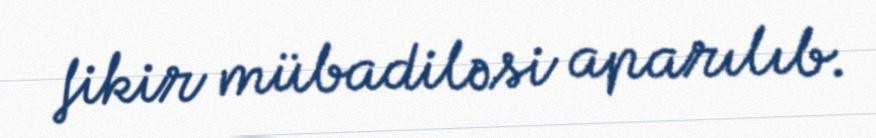
fikir mübadiləsi aparılıb.